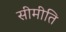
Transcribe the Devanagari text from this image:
सीमीति